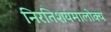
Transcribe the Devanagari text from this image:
निरतिशयमालोक्य